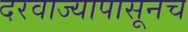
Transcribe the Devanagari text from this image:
दरवाज्यापासूनच